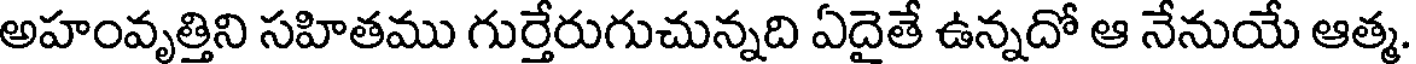
అహంవృత్తిని సహితము గుర్తేరుగుచున్నది ఏదైతే ఉన్నదో ఆ నేనుయే ఆత్మ